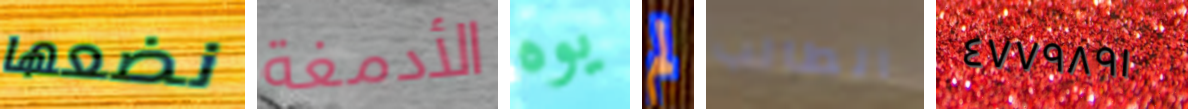
نضعها الأدمغة يوه لم الطالب ٤٧٧٩٨٩١